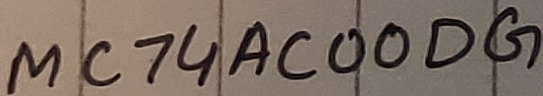
Text: MC74AC00DG